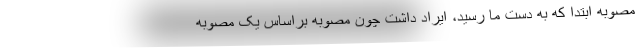
مصوبه ابتدا که به دست ما رسید، ایراد داشت چون مصوبه براساس یک مصوبه